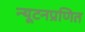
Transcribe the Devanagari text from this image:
न्यूटनप्रणित